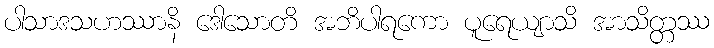
ပါသာဒသဟဿာနိ ဒေါသောတိ အဘိပါရကော ပူရေယျာသိ အာသိတ္တဿ